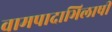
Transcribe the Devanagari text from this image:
वामपादाभिलाषी